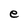
Character: e